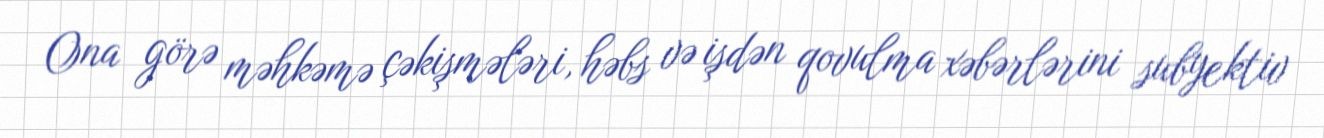
Ona görə məhkəmə çəkişmələri, həbs və işdən qovulma xəbərlərini subyektiv